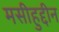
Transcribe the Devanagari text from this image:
मसीहुद्दीन